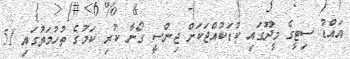
އައްޑު ސިޓީގެ މީދޫގައި ކުޑަކުއްޖަކަށް ޖިންސީ ގޯނާ ކުރި ކަމުގެ ތުހުމަތުގައި 51